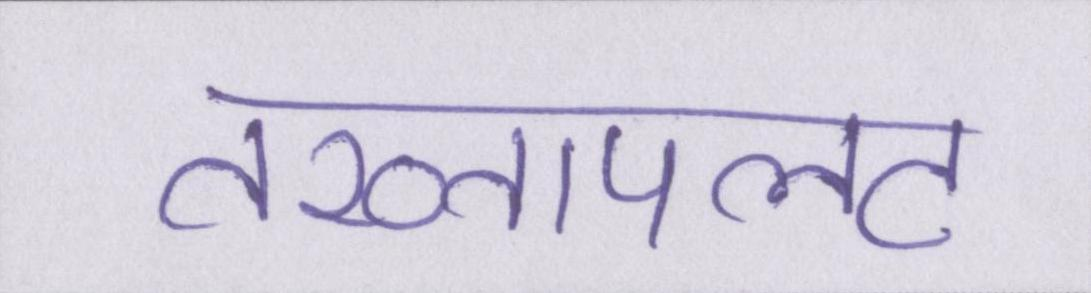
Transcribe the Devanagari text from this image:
तख्तापलट